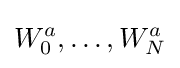
W_{0}^{a},\dots ,W_{N}^{a}